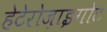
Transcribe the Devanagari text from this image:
हेटेरोज़ाइगोट